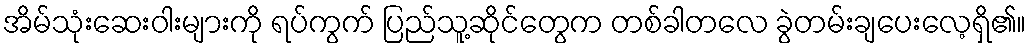
အိမ်သုံးဆေးဝါးများကို ရပ်ကွက် ပြည်သူ့ဆိုင်တွေက တစ်ခါတလေ ခွဲတမ်းချပေးလေ့ရှိ၏။